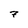
Character: 7